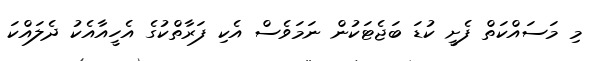
މި މަސައްކަތް ފެށީ ކުޑަ ބަޖެޓަކުން ނަމަވެސް އެކި ފަރާތްކުގެ އެހީއާއެކު ދެލައްކަ